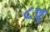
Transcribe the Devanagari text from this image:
८ए